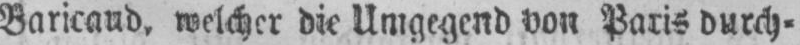
Baricaud, welcher die Umgegend von Paris durch⸗